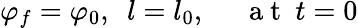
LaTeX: \varphi_{f}=\varphi_{0},~~l=l_{0},~~~~~\mathrm{~a~t~}~t=0